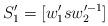
LaTeX: \begin{align*}S'_1=[w'_1 s w'^{-1}_2]\end{align*}